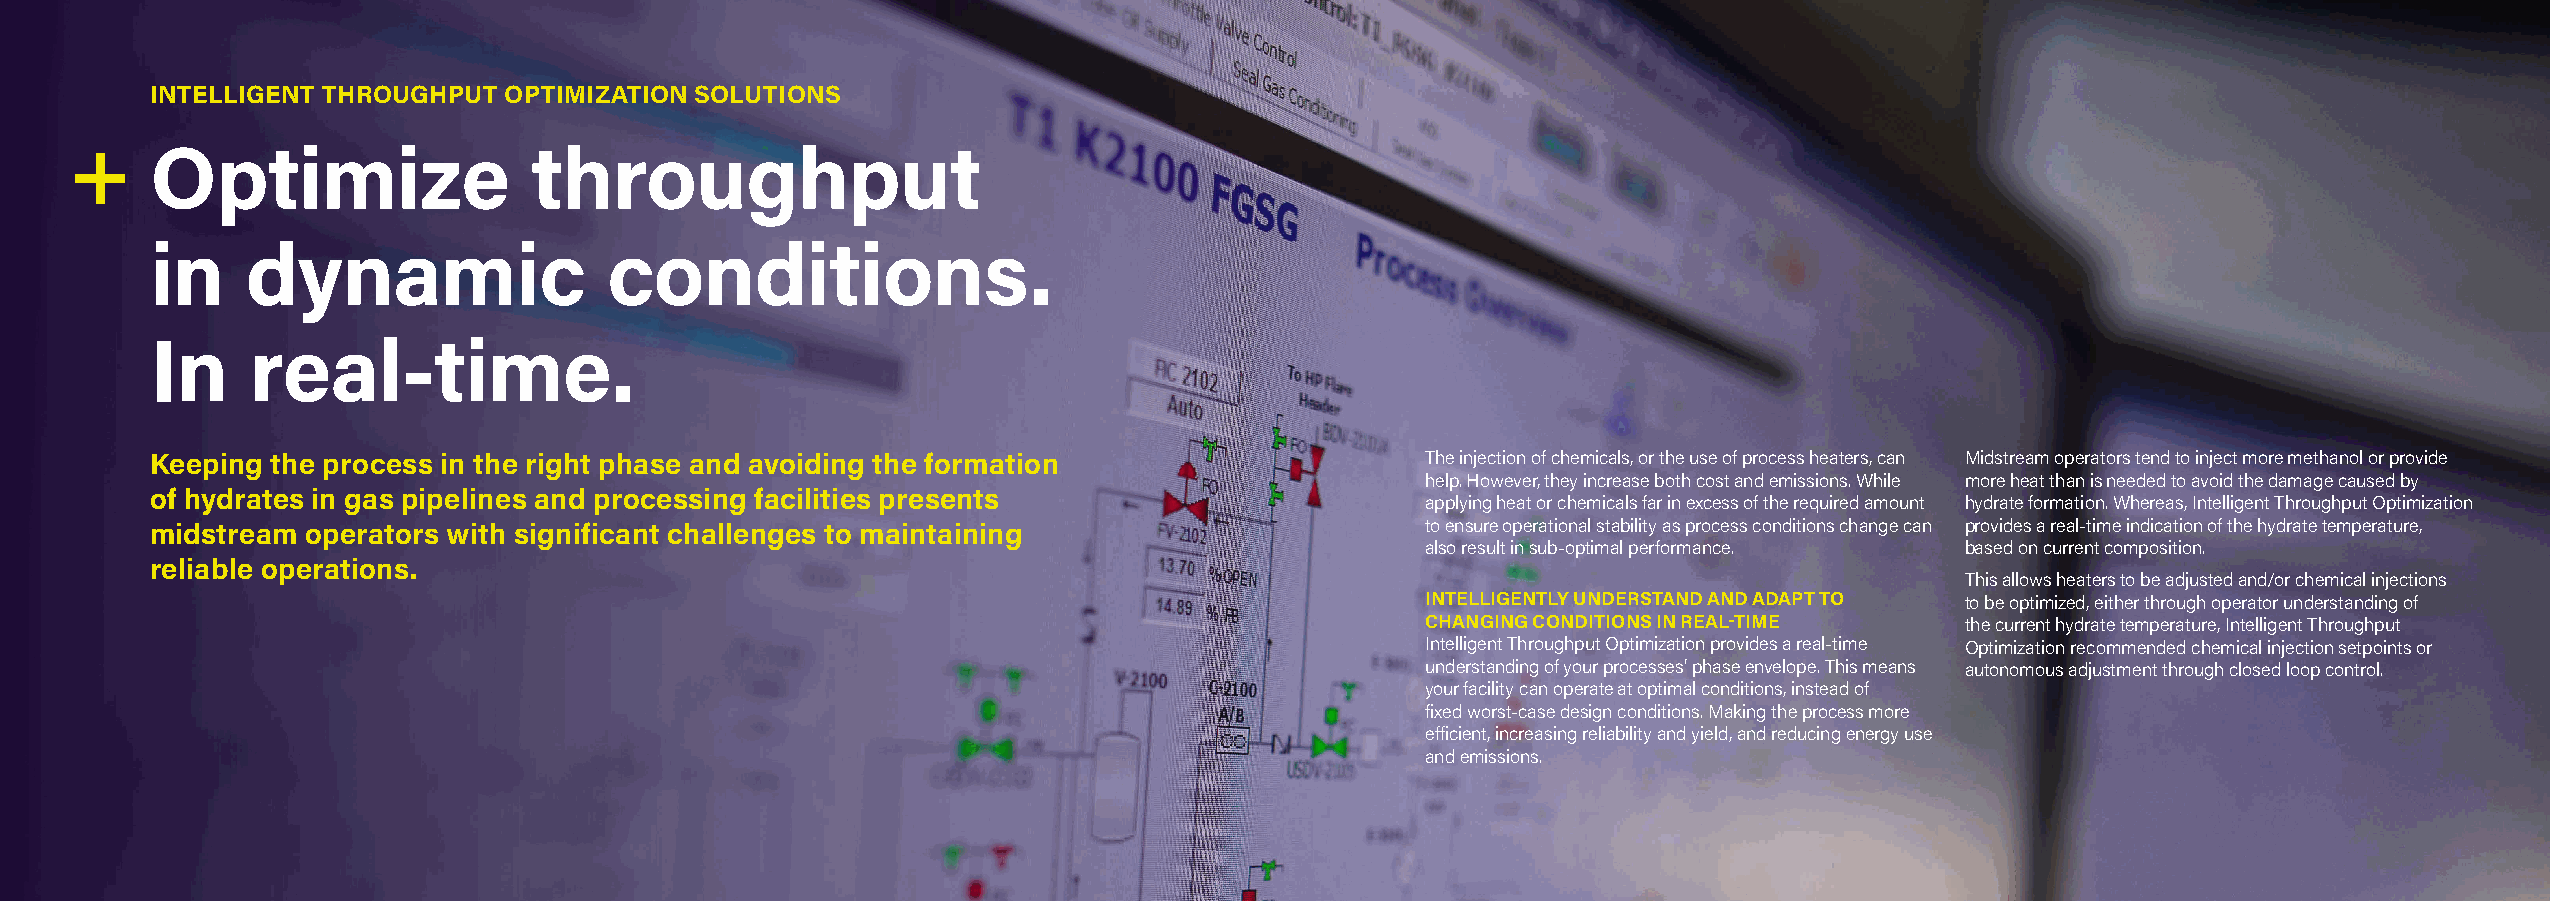
INTELLIGENT THROUGHPUT OPTIMIZATION SOLUTIONS
 Optimize                 throughput
 in    dynamic                 conditions.
 In     real-time.
 Keeping the process in the right phase and avoiding the formation                   The injection of chemicals, or the use of process heaters, can Midstream operators tend to inject more methanol or provide
 help. However, they increase both cost and emissions. While more heat than is needed to avoid the damage caused by
 of hydrates in gas pipelines and processing facilities presents
 applying heat or chemicals far in excess of the required amount hydrate formation. Whereas, Intelligent Throughput Optimization
 midstream operators with significant challenges to maintaining                      to ensure operational stability as process conditions change can provides a real-time indication of the hydrate temperature,
 also result in sub-optimal performance. based on current composition.
 reliable operations.
 This allows heaters to be adjusted and/or chemical injections
 INTELLIGENTLY UNDERSTAND AND ADAPT TO to be optimized, either through operator understanding of
 CHANGING CONDITIONS IN REAL-TIME    the current hydrate temperature, Intelligent Throughput
 Intelligent Throughput Optimization provides a real-time Optimization recommended chemical injection setpoints or
 understanding of your processes’ phase envelope. This means autonomous adjustment through closed loop control.
 your facility can operate at optimal conditions, instead of
 fixed worst-case design conditions. Making the process more
 efficient, increasing reliability and yield, and reducing energy use
 and emissions.